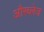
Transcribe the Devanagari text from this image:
औरब्लेज